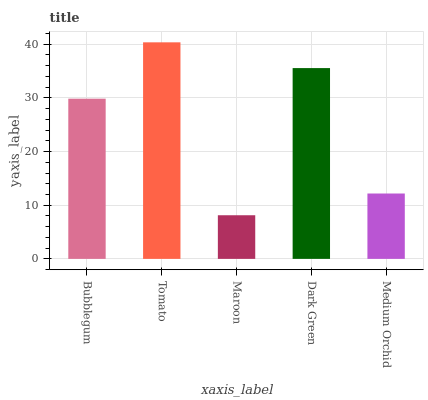
| xaxis_label | bars |
 | --- | --- |
 | Bubblegum | 29.9 |
 | Tomato | 40.4 |
 | Maroon | 8.13 |
 | Dark Green | 35.6 |
 | Medium Orchid | 12.2 |